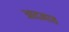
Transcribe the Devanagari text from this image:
आदनात